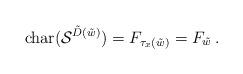
LaTeX: \begin{align*}\operatorname{char}(\mathcal S^{\tilde D(\tilde w)}) = F_{\tau_x(\tilde{w})} = F_{\tilde w}\,.\end{align*}